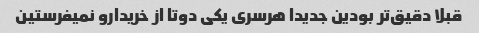
قبلا دقیق‌تر بودین جدیدا هرسری یکی دوتا از خریدارو نمیفرستین